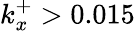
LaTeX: k_{x}^{+}>0.015